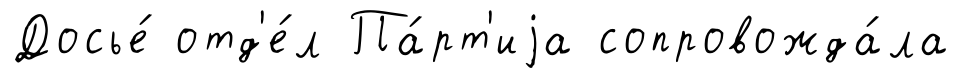
Досье́ отд'е́л Па́рт'иjа сопровожда́ла